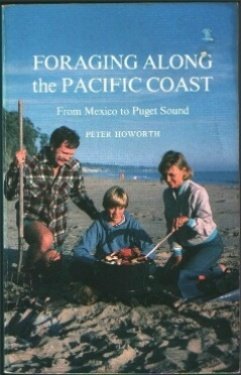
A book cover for Foraging Along the Pacific Coast: From Mexico to Puget Sound : The Complete Illustrated Handbook; Peter Howorth; Cookbooks, Food & Wine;